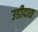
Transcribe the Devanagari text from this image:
उडीदात